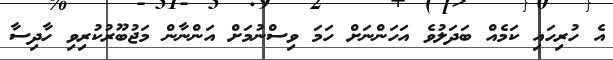
އެ ހުރިހައި ކަމެއް ބަދަލުވެ އަހަންނަށް ހަމަ ވިސްނުމަށް އަންނާން މަޖުބޫރުކުރިވި ހާދިސާ